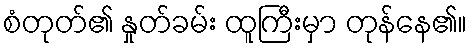
စံတုတ်၏ နှုတ်ခမ်း ထူကြီးမှာ တုန်နေ၏။